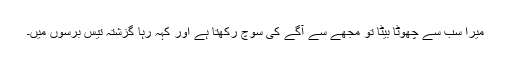
میرا سب سے چھوٹا بیٹا تو مجھے سے آگے کی سوچ رکھتا ہے اور کہہ رہا گزشتہ تیس برسوں میں۔